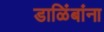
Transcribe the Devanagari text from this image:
डाळिंबांना